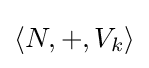
\langle N,+,V_{k}\rangle